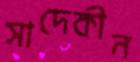
সাদেকীন